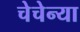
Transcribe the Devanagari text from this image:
चेचेन्या